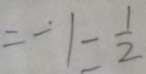
= - 1 - \frac { 1 } { 2 }